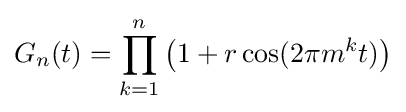
G_{n}(t)=\prod _{k=1}^{n}\left(1+r\cos(2\pi m^{k}t)\right)